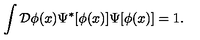
\int { \cal { D } } \phi ( x ) \Psi ^ { \ast } [ \phi ( x ) ] \Psi [ \phi ( x ) ] = 1 .